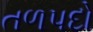
તળપદો